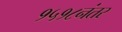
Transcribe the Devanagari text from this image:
१५१८नंतर